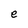
Character: e